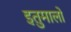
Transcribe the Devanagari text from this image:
इतुमालो